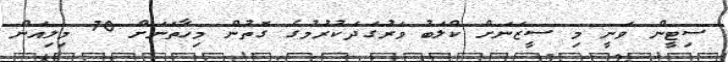
ސިޓީން ވަނީ މި ސީޒަނަށް ކްލަބު ވަރުގަދަކުރުމުގެ ގޮތުން މިހާތަނަށް 70 މިލިއަން